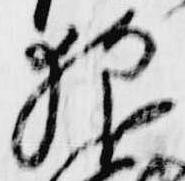
狼